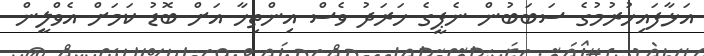
އަޅާފައިހުރުމުގެ ސަބަބުން ނެޕީގެ ޚަރަދު ވެސް އިންތިހާ އަށް ބޮޑު ކަމަށް އެވްލީން